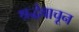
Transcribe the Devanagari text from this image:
श्रद्धेवाचून